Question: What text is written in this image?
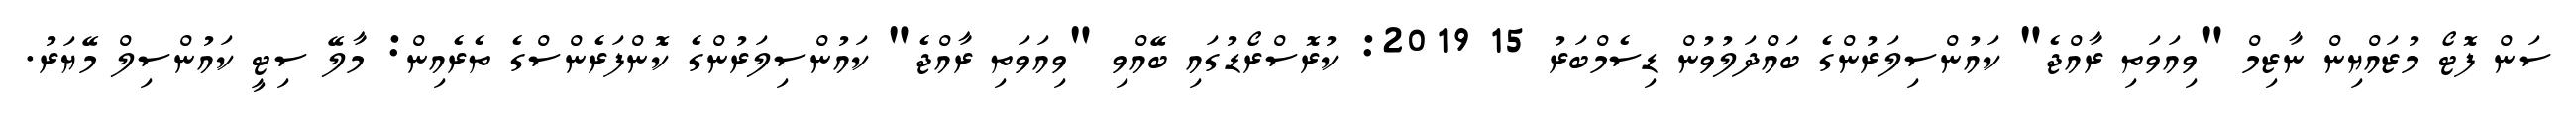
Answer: ސަން ފޮޓޯ މުޒައްޔިން ނާޒިމް "ވިއަވަތި ރާއްޖެ" ކައުންސިލަރުންގެ ބައްދަލުވުން ޑިސެމްބަރު 15 2019: ކުރޮސްރޯޑުގައި ބޭއްވި "ވިއަވަތި ރާއްޖެ" ކައުންސިލަރުންގެ ކޮންފަރެންސްގެ ތެރެއިން: މާލޭ ސިޓީ ކައުންސިލް މޭޔަރު.